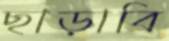
ছাড়াবি